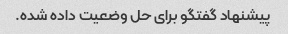
پیشنهاد گفتگو برای حل وضعیت داده شده.